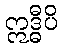
ဣဒ္ဓီပိ